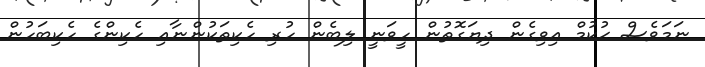
ނަމަވެސް ޙުކުމް އިވިގެން ދިޔަގޮތުން ހީވަނީ ލިބެން ހުރި ހެކިތަކުންނާއި ހެކިންގެ ހެކިބަހުން